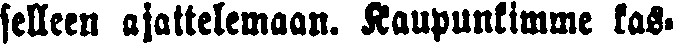
selleen ajattelemaan. Kaupunkimme kas-